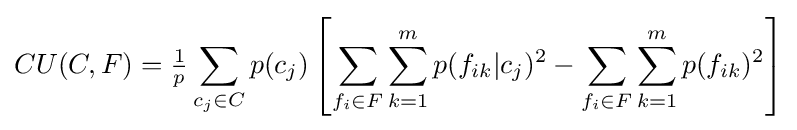
CU(C,F)={\tfrac {1}{p}}\sum _{c_{j}\in C}p(c_{j})\left[\sum _{f_{i}\in F}\sum _{k=1}^{m}p(f_{ik}|c_{j})^{2}-\sum _{f_{i}\in F}\sum _{k=1}^{m}p(f_{ik})^{2}\right]